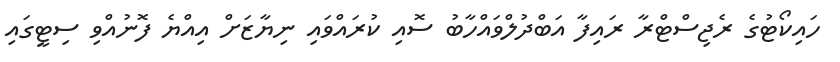
ހައިކޯޓުގެ ރެޖިސްޓްރާ ރައިފާ އަބްދުލްވައްހާބު ސޮއި ކުރައްވައި ނިޔާޒަށް އިއްޔެ ފޮނުއްވި ސިޓީގައި